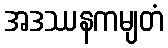
အဒဿနကမျတံ